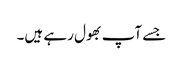
جسے آپ بھول رہے ہیں۔